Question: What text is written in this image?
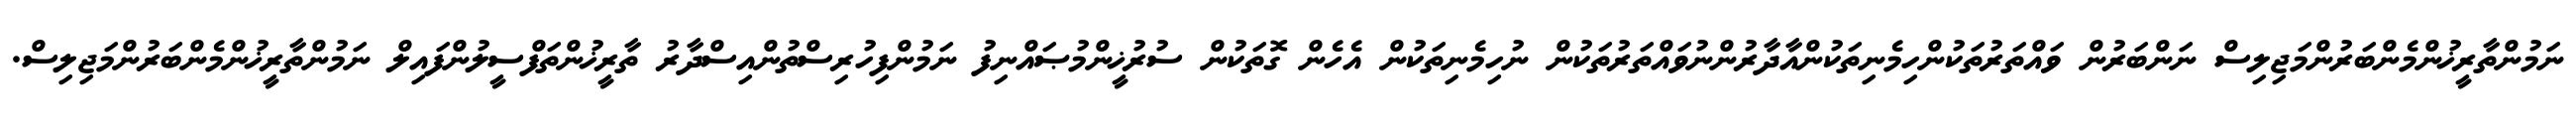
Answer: ނަމުންތާރީޚުންމެންބަރުންމަޖިލިސް ނަންބަރުން ވައްތަރުތަކުންހިމެނިތަކުންއާދާރުންނުވައްތަރުތަކުން ނުހިމެނިތަކުން އެހެން ގޮތަކުން ސުރުޚީންމުޞައްނިފު ނަމުންފިހުރިސްތުންއިސްދާރު ތާރީޚުންތަފްސީލުންފައިލް ނަމުންތާރީޚުންމެންބަރުންމަޖިލިސް.